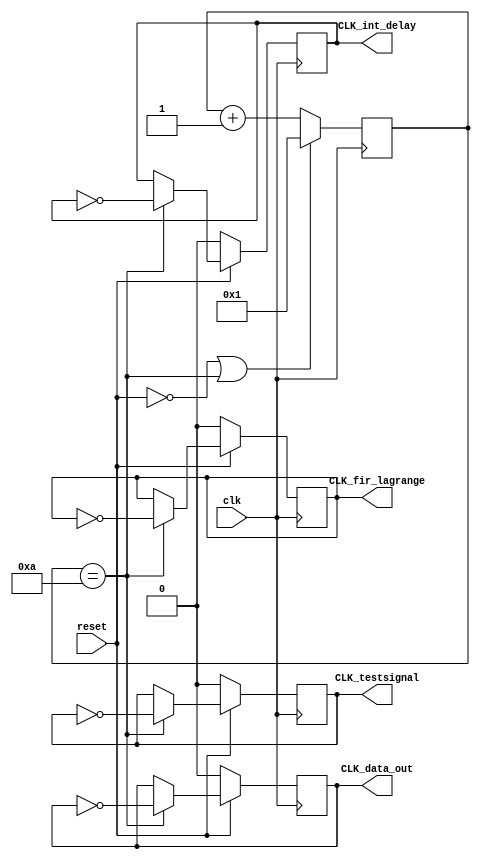
module clk_manage(
input clk,
input reset,
output CLK_int_delay,
output CLK_testsignal,
output CLK_data_out,
output CLK_fir_lagrange
);
parameter count_int_delay   =10;
parameter count_testsignal  =10;
parameter count_dataout     =10;
parameter count_fir_lagrange=10;
parameter max_count         =10;

reg [3:0]count;

always@(posedge clk)
begin
   if(!reset||count==max_count)
		count<=1;
   else
		count<=count+1'b1;
end

//------------------------------------
reg clk_int_delay    ;
reg clk_testsignal   ;
reg clk_data_out     ;
reg clk_fir_lagrange ;

always@(posedge clk)
begin
	if(!reset)
		clk_int_delay<=0;
	else if(count==count_int_delay)
		clk_int_delay<=~clk_int_delay;
end

always@(posedge clk)
begin
	if(!reset)
		clk_testsignal<=0;
	else if(count==count_testsignal)
		clk_testsignal<=~clk_testsignal;
end

always@(posedge clk)
begin
	if(!reset)
		clk_data_out<=0;
	else if(count==count_dataout)
		clk_data_out<=~clk_data_out;
end

always@(posedge clk)
begin
	if(!reset)
		clk_fir_lagrange<=0;
	else if(count==count_fir_lagrange)
		clk_fir_lagrange<=~clk_fir_lagrange;
end

assign CLK_int_delay    =clk_int_delay   ;
assign CLK_testsignal   =clk_testsignal  ;
assign CLK_data_out     =clk_data_out    ;
assign CLK_fir_lagrange =clk_fir_lagrange;

endmodule